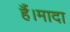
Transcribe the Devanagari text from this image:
हैं।मादा